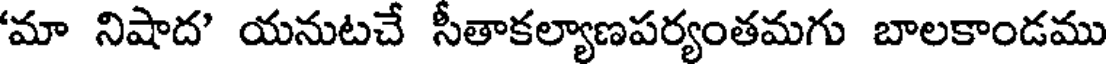
'మా నిషాద' యనుటచే సీతాకల్యాణపర్యంతమగు బాలకాండము